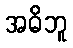
အဓိဘူ